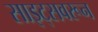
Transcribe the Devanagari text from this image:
साइट्सवरून